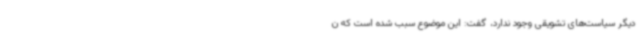
دیگر سیاست‌های تشویقی وجود ندارد، گفت: این موضوع سبب شده است که ن